Rangoon Lunatic Asylum 1893-1897 - 1893-1897
Year: 1893
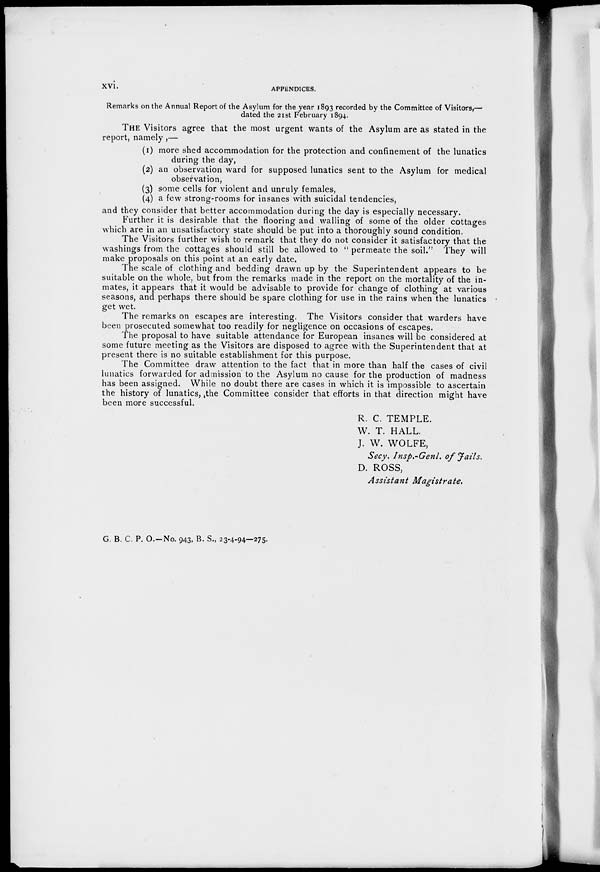
xvi.
APPENDICES.
Remarks on the Annual Report of the Asylum for the year 1893 recorded by the Committee of Visitors,—
dated the 21st February 1894.
THE Visitors agree that the most urgent wants of the Asylum are as stated in the
report, namely ,—
(1) more shed accommodation for the protection and confinement of the lunatics
during the day,
(2) an observation ward for supposed lunatics sent to the Asylum for medical
observation,
(3) some cells for violent and unruly females,
(4) a few strong-rooms for insanes with suicidal tendencies,
and they consider that better accommodation during the day is especially necessary.
Further it is desirable that the flooring and walling of some of the older cottages
which are in an unsatisfactory state should be put into a thoroughly sound condition.
The Visitors further wish to remark that they do not consider it satisfactory that the
washings from the cottages should still be allowed to " permeate the soil." They will
make proposals on this point at an early date.
The scale of clothing and bedding drawn up by the Superintendent appears to be
suitable on the whole, but from the remarks made in the report on the mortality of the in-
mates, it appears that it would be advisable to provide for change of clothing at various
seasons, and perhaps there should be spare clothing for use in the rains when the lunatics
get wet.
The remarks on escapes are interesting. The Visitors consider that warders have
been prosecuted somewhat too readily for negligence on occasions of escapes.
The proposal to have suitable attendance for European insanes will be considered at
some future meeting as the Visitors are disposed to agree with the Superintendent that at
present there is no suitable establishment for this purpose.
The Committee draw attention to the fact that in more than half the cases of civil
lunatics forwarded for admission to the Asylum no cause for the production of madness
has been assigned. While no doubt there are cases in which it is impossible to ascertain
the history of lunatics, the Committee consider that efforts in that direction might have
been more successful.
R. C. TEMPLE.
W. T. HALL.
J. W. WOLFE,
Secy. Insp.-Genl. of Jails.
D. ROSS,
Assistant
Magistrate.
G. B. C. P. O.—No. 943, B. S., 23-4-94—275.